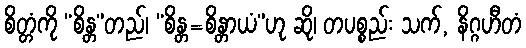
စိတ္တံကို “စိန္တ”တည်၊ “စိန္တ=စိန္တာယံ”ဟု ဆို၊ တပစ္စည်း သက်, နိဂ္ဂဟီတံ